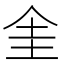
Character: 𠈘